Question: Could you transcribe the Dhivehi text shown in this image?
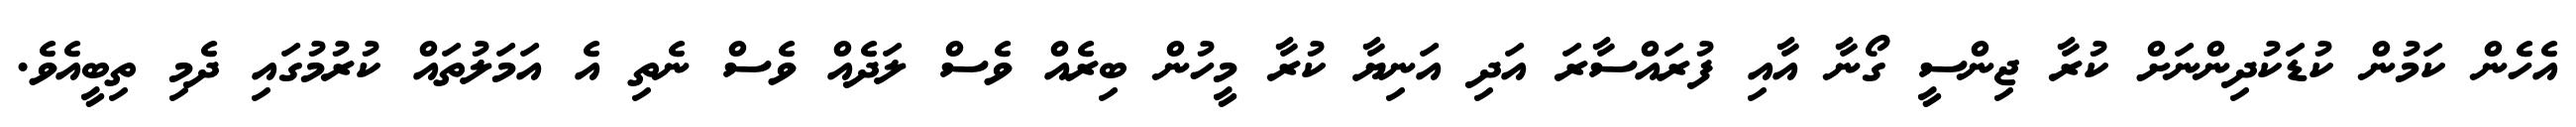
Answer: އެހެން ކަމުން ކުޑަކުދިންނަށް ކުރާ ޖިންސީ ގޯނާ އާއި ފުރައްސާރަ އަދި އަނިޔާ ކުރާ މީހުން ބިރެއް ވެސް ލަދެއް ވެސް ނެތި އެ އަމަލުތައް ކުރުމުގައި ދެމި ތިބީއެވެ.